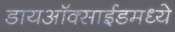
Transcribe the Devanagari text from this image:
डायऑक्साईडमध्ये